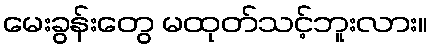
မေးခွန်းတွေ မထုတ်သင့်ဘူးလား။